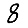
Digit: 8